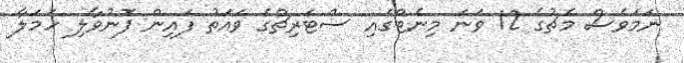
ނަމަވެސް މެޗުގެ 12 ވަނަ މިނެޓްގައި ސްޓަރިޗްގެ ވައަތު ފައިން ފޮނުވާލި ހަމަލާ